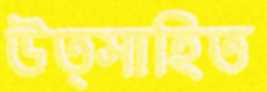
উত্সাহিত